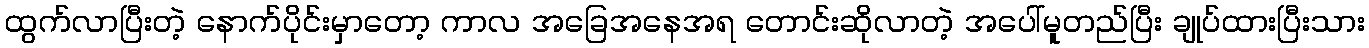
ထွက်လာပြီးတဲ့ နောက်ပိုင်းမှာတော့ ကာလ အခြေအနေအရ တောင်းဆိုလာတဲ့ အပေါ်မူတည်ပြီး ချုပ်ထားပြီးသား